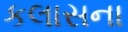
કલાસના